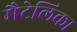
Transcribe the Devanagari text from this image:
मैटेलिका